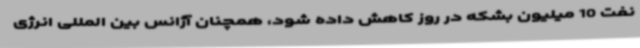
نفت 10 میلیون بشکه در روز کاهش داده شود، همچنان آژانس بین المللی انرژی